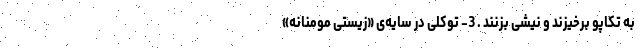
به تکاپو برخیزند و نیشی بزنند . 3- توکلی در سایه‌ی «زیستی مومنانه»